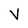
Character: V